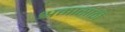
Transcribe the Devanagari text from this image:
श्रमासाठी